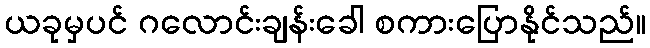
ယခုမှပင် ဂလောင်းချန်းခေါ စကားပြောနိုင်သည်။